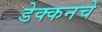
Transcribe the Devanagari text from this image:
डेक्कनचे